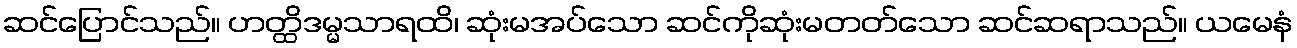
ဆင်ပြောင်သည်။ ဟတ္ထိဒမ္မသာရထိ၊ ဆုံးမအပ်သော ဆင်ကိုဆုံးမတတ်သော ဆင်ဆရာသည်။ ယမေနံ